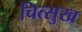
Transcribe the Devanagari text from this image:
चित्सुख